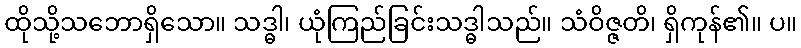
ထိုသို့သဘောရှိသော။ သဒ္ဓါ၊ ယုံကြည်ခြင်းသဒ္ဓါသည်။ သံဝိဇ္ဇတိ၊ ရှိကုန်၏။ ပ။